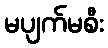
မပျက်မစီး